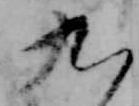
九